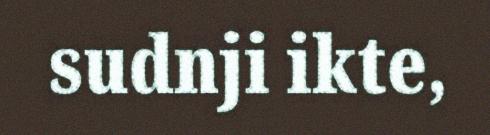
sudnji ikte,